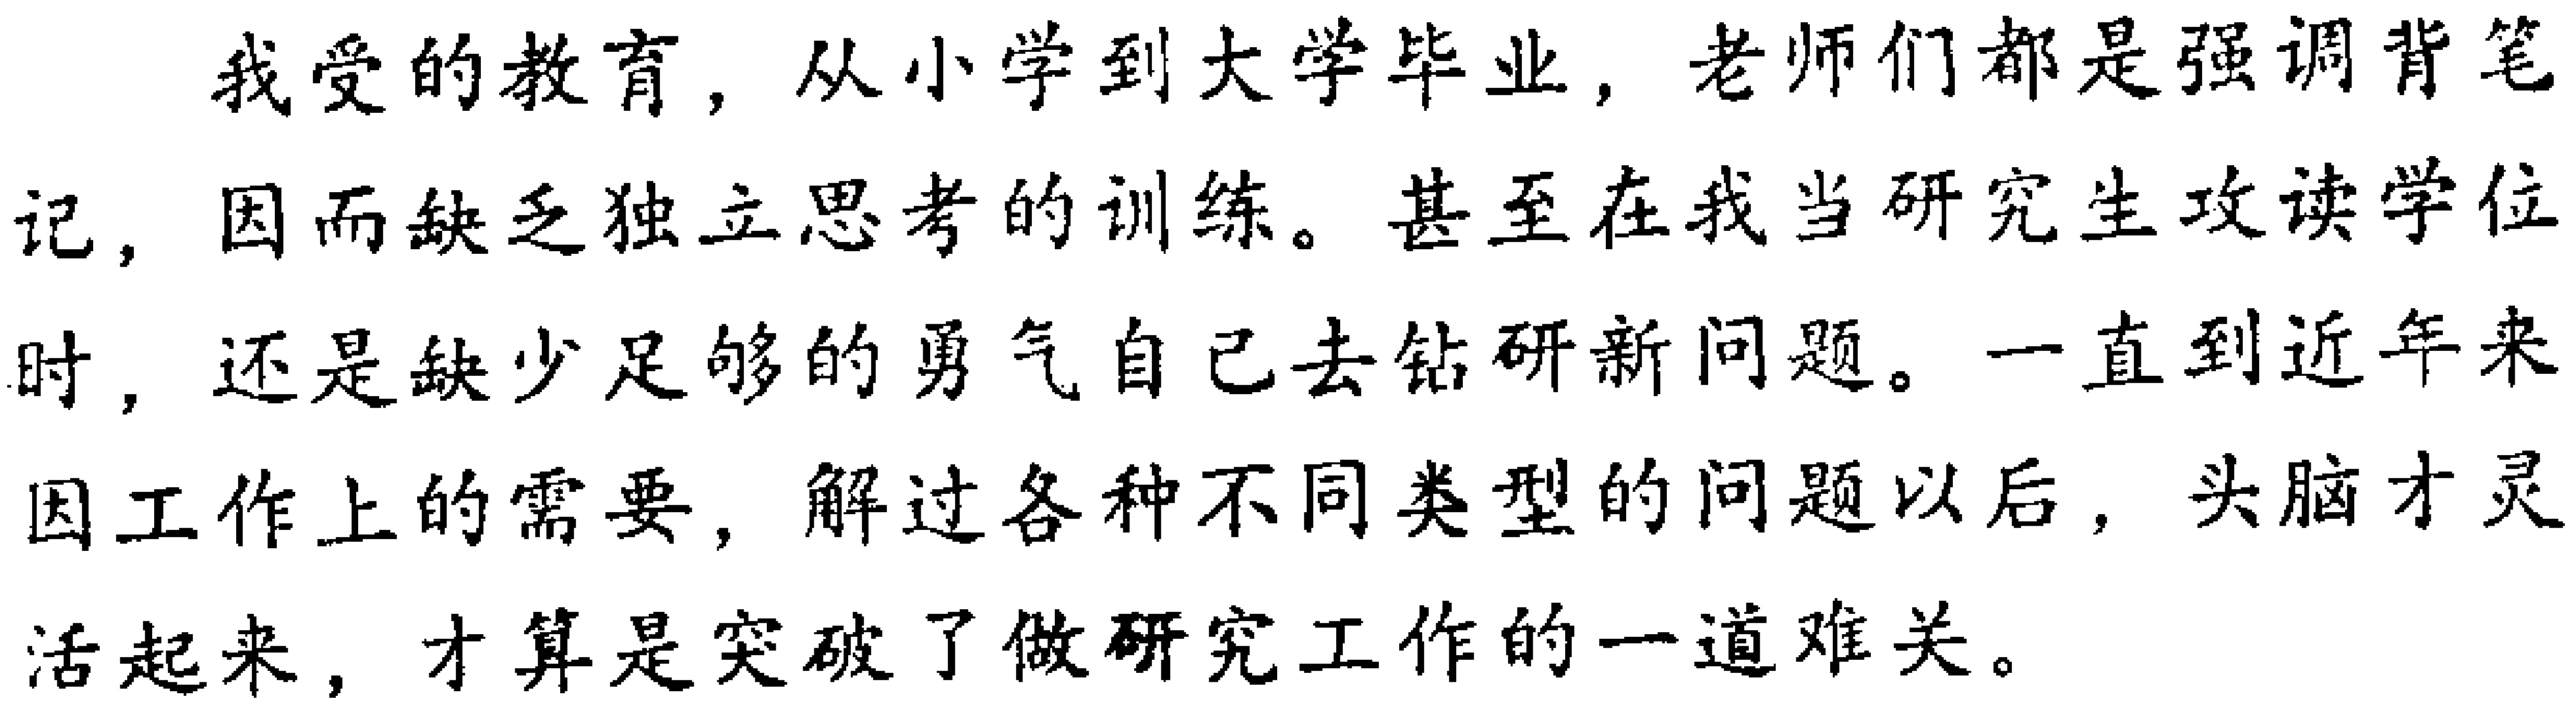
我受的教育，从小学到大学毕业，老师们都是强调背笔记，因而缺乏独立思考的训练。甚至在我当研究生攻读学位时，还是缺少足够的勇气自己去钻研新问题。一直到近年来因工作上的需要，解过各种不同类型的问题以后，头脑才灵活起来，才算是突破了做研究工作的一道难关。